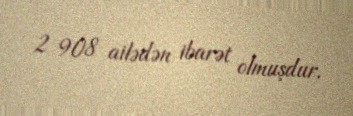
2 908 ailədən ibarət olmuşdur.